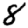
Digit: 8